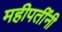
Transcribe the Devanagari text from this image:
महीपतींनी